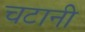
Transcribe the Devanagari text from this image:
चटानी